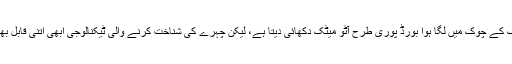
دیکھنے میں زنگیانگ کے چوک میں لگا ہوا بورڈ پوری طرح آٹو میٹک دکھائی دیتا ہے، لیکن چہرے کی شناخت کرنے والی ٹیکنالوجی ابھی اتنی قابل بھروسہ بھی نہیں ہوئی۔